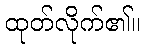
ထုတ်လိုက်၏။